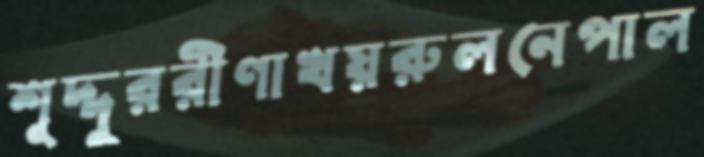
শূদ্দুররীণাখয়রুলনেপাল